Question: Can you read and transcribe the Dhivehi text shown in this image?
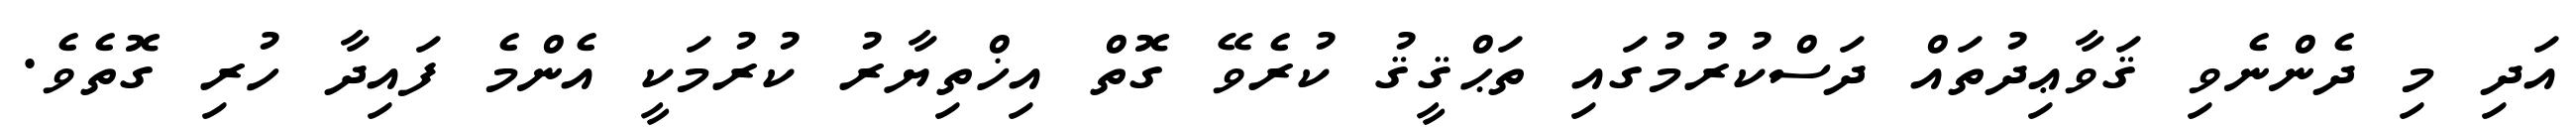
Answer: އަދި މި ދެންނެވި ޤަވާޢިދުތައް ދަސްކުރުމުގައި ތަޙްޤީޤު ކުރެވޭ ގޮތް އިޚްތިޔާރު ކުރުމަކީ އެންމެ ފައިދާ ހުރި ގޮތެވެ.